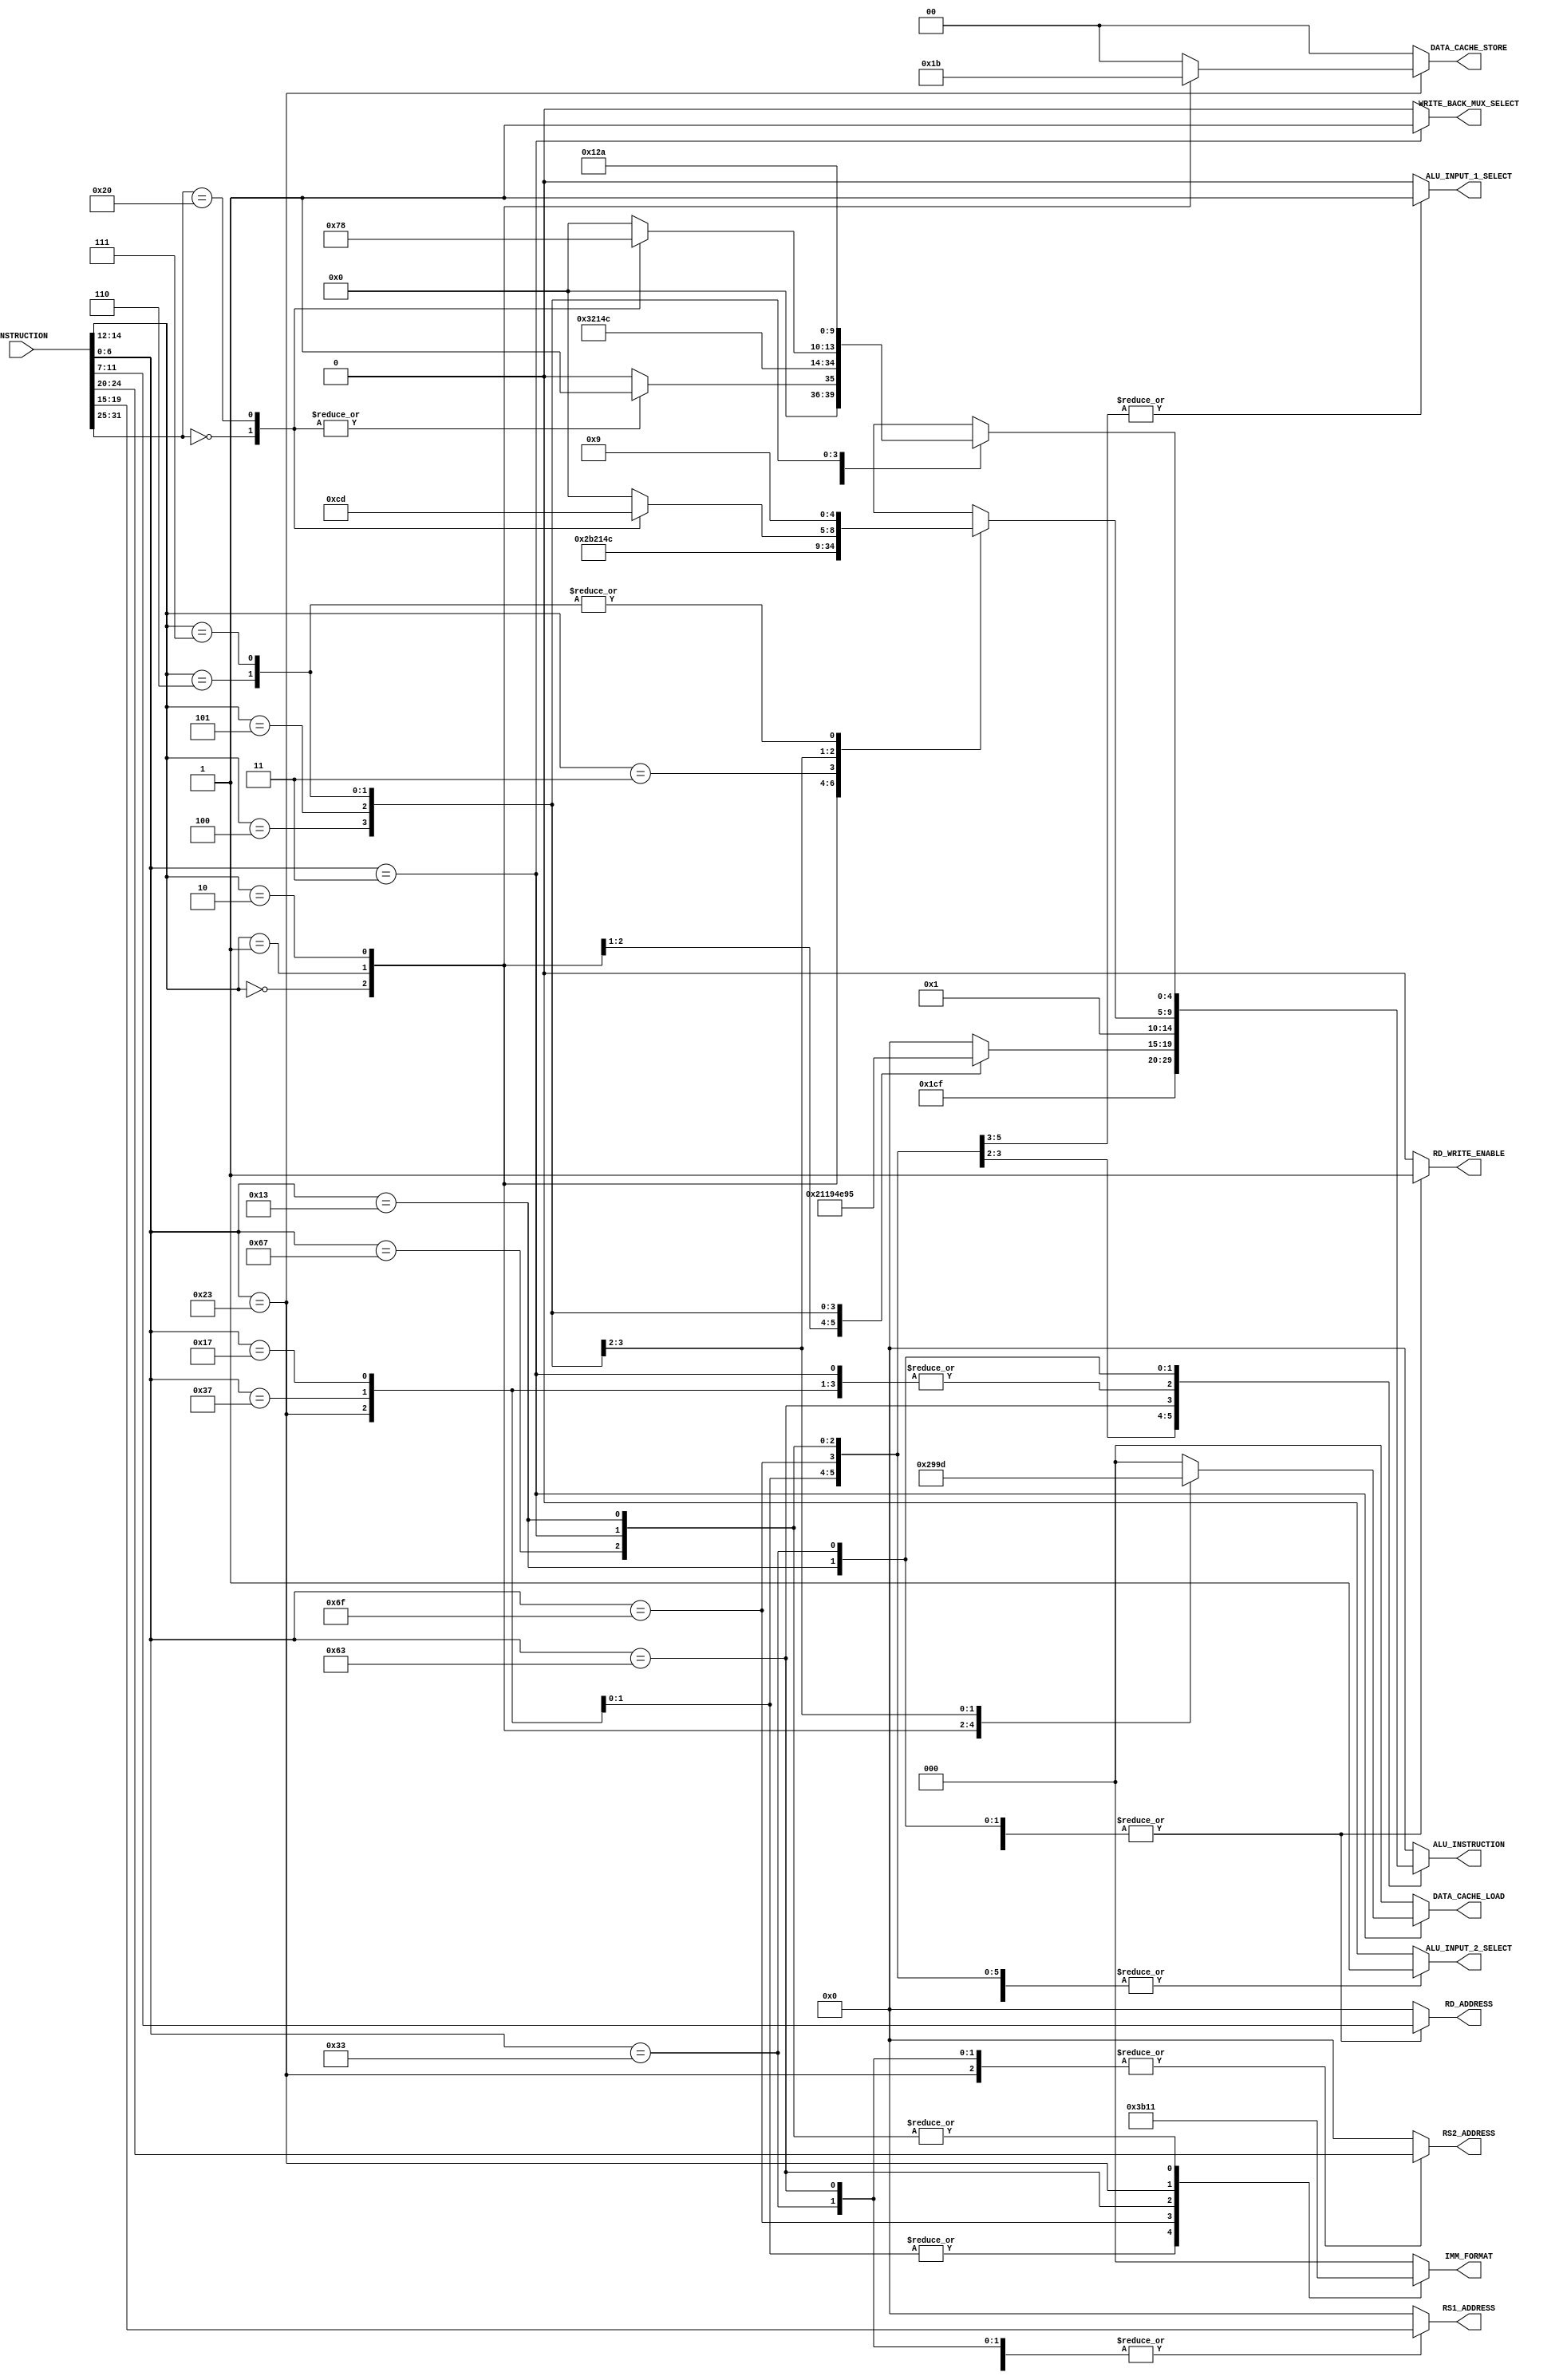
`timescale 1ns / 1ps
//////////////////////////////////////////////////////////////////////////////////
// Company: 
// 
// Design Name: 
// Module Name:     INSTRUCTION_DECODER
// Project Name:    RISC-V
// Target Devices: 
// Tool Versions: 
// Description: 
// 
// Dependencies: 
// 
// Revision:
// Revision 0.01 - File Created
// Additional Comments:
// 
//////////////////////////////////////////////////////////////////////////////////


module INSTRUCTION_DECODER #(
        parameter   ADDRESS_WIDTH           = 32                            ,
        parameter   DATA_WIDTH              = 32                            ,
        parameter   REG_ADD_WIDTH           = 5                             ,
        parameter   ALU_INS_WIDTH           = 5                             ,
        parameter   IMM_FORMAT_SEL_WIDTH    = 3                             ,
        parameter   D_CACHE_LW_WIDTH        = 3                             ,
        parameter   D_CACHE_SW_WIDTH        = 2                             ,

        parameter   RV321_LUI               = 7'b0110111                    ,
        parameter   RV321_AUIPC             = 7'b0010111                    ,
        parameter   RV321_JAL               = 7'b1101111                    ,
        parameter   RV321_JALR              = 7'b1100111                    ,
        parameter   RV321_BRANCH            = 7'b1100011                    ,
        parameter   RV321_LOAD              = 7'b0000011                    ,
        parameter   RV321_STORE             = 7'b0100011                    ,
        parameter   RV321_IMMEDIATE         = 7'b0010011                    ,
        parameter   RV321_ALU               = 7'b0110011                    ,
        
        parameter   RV321_FUN3_ADD_SUB      = 3'b000                        ,
        parameter   RV321_FUN3_SLL          = 3'b001                        ,
        parameter   RV321_FUN3_SLT          = 3'b010                        ,
        parameter   RV321_FUN3_SLTU         = 3'b011                        ,
        parameter   RV321_FUN3_XOR          = 3'b100                        ,
        parameter   RV321_FUN3_SRL_SRA      = 3'b101                        ,
        parameter   RV321_FUN3_OR           = 3'b110                        ,
        parameter   RV321_FUN3_AND          = 3'b111                        ,
        parameter   RV321_FUN3_LB           = 3'b000                        ,
        parameter   RV321_FUN3_LH           = 3'b001                        ,
        parameter   RV321_FUN3_LW           = 3'b010                        ,
        parameter   RV321_FUN3_LBU          = 3'b100                        ,
        parameter   RV321_FUN3_LHU          = 3'b101                        ,
        parameter   RV321_FUN3_SB           = 3'b000                        ,
        parameter   RV321_FUN3_SH           = 3'b001                        ,
        parameter   RV321_FUN3_SW           = 3'b010                        ,
        parameter   RV321_FUN3_BEQ          = 3'b000                        ,
        parameter   RV321_FUN3_BNE          = 3'b001                        ,
        parameter   RV321_FUN3_BLT          = 3'b100                        ,
        parameter   RV321_FUN3_BGE          = 3'b101                        ,
        parameter   RV321_FUN3_BLTU         = 3'b110                        ,
        parameter   RV321_FUN3_BGEU         = 3'b111                        ,
        
        parameter   RV321_FUN7_ADD          = 7'b0000000                    ,
        parameter   RV321_FUN7_SUB          = 7'b0100000                    ,
        parameter   RV321_FUN7_SRL          = 7'b0000000                    ,
        parameter   RV321_FUN7_SRA          = 7'b0100000                    ,
        
        parameter   R_FORMAT                = 3'b000                        ,
        parameter   I_FORMAT                = 3'b001                        ,
        parameter   S_FORMAT                = 3'b010                        ,
        parameter   U_FORMAT                = 3'b011                        ,
        parameter   SB_FORMAT               = 3'b100                        ,
        parameter   UJ_FORMAT               = 3'b101                        ,
        
        parameter   ALU_NOP                 = 5'b00000                      ,
        parameter   ALU_ADD                 = 5'b00001                      ,
        parameter   ALU_SUB                 = 5'b00010                      ,
        parameter   ALU_SLL                 = 5'b00011                      ,
        parameter   ALU_SLT                 = 5'b00100                      ,
        parameter   ALU_SLTU                = 5'b00101                      ,
        parameter   ALU_XOR                 = 5'b00110                      ,
        parameter   ALU_SRL                 = 5'b00111                      ,
        parameter   ALU_SRA                 = 5'b01000                      ,
        parameter   ALU_OR                  = 5'b01001                      ,
        parameter   ALU_AND                 = 5'b01010                      ,
        parameter   ALU_SLLI                = 5'b01011                      ,
        parameter   ALU_SRLI                = 5'b01100                      ,
        parameter   ALU_SRAI                = 5'b01101                      ,
        parameter   ALU_JAL                 = 5'b01110                      ,
        parameter   ALU_JALR                = 5'b01111                      ,
        parameter   ALU_BEQ                 = 5'b10000                      ,
        parameter   ALU_BNE                 = 5'b10001                      ,
        parameter   ALU_BLT                 = 5'b10010                      ,
        parameter   ALU_BGE                 = 5'b10011                      ,
        parameter   ALU_BLTU                = 5'b10100                      ,
        parameter   ALU_BGEU                = 5'b10101                      ,
        
        parameter   DATA_CACHE_LOAD_NONE    = 3'b000                        , 
        parameter   DATA_CACHE_LOAD_B_S     = 3'b010                        ,
        parameter   DATA_CACHE_LOAD_B_U     = 3'b011                        ,
        parameter   DATA_CACHE_LOAD_H_S     = 3'b100                        ,
        parameter   DATA_CACHE_LOAD_H_U     = 3'b101                        ,
        parameter   DATA_CACHE_LOAD_W       = 3'b110                        ,
        parameter   DATA_CACHE_STORE_NONE   = 2'b00                         ,
        parameter   DATA_CACHE_STORE_B      = 2'b01                         ,
        parameter   DATA_CACHE_STORE_H      = 2'b10                         ,
        parameter   DATA_CACHE_STORE_W      = 2'b11                         ,
        
        parameter   SELECT_RS1              = 1'b0                          ,
        parameter   SELECT_PC               = 1'b1                          ,
        parameter   SELECT_RS2              = 1'b0                          ,
        parameter   SELECT_IMM              = 1'b1                          ,
        
        parameter   HIGH                    = 1'b1                          ,
        parameter   LOW                     = 1'b0                     
    ) (
        input   [DATA_WIDTH - 1             : 0]    INSTRUCTION             ,
        output  [IMM_FORMAT_SEL_WIDTH - 1   : 0]    IMM_FORMAT              ,
        output  [REG_ADD_WIDTH - 1          : 0]    RS1_ADDRESS             ,
        output  [REG_ADD_WIDTH - 1          : 0]    RS2_ADDRESS             ,
        output  [REG_ADD_WIDTH - 1          : 0]    RD_ADDRESS              ,
		output  [ALU_INS_WIDTH - 1          : 0]    ALU_INSTRUCTION         ,
        output                                      ALU_INPUT_1_SELECT      ,
        output                                      ALU_INPUT_2_SELECT      ,
        output  [D_CACHE_LW_WIDTH - 1       : 0]    DATA_CACHE_LOAD         ,
        output  [D_CACHE_SW_WIDTH - 1       : 0]    DATA_CACHE_STORE        ,
        output                                      WRITE_BACK_MUX_SELECT   ,
        output                                      RD_WRITE_ENABLE        
    );
    
    reg     [IMM_FORMAT_SEL_WIDTH - 1   : 0]    imm_format_reg              ;
    reg     [REG_ADD_WIDTH - 1          : 0]    rs1_address_reg             ;
    reg     [REG_ADD_WIDTH - 1          : 0]    rs2_address_reg             ;
    reg     [REG_ADD_WIDTH - 1          : 0]    rd_address_reg              ;
    reg     [ALU_INS_WIDTH - 1          : 0]    alu_instruction_reg         ;
    reg                                         alu_input_1_select_reg      ;
    reg                                         alu_input_2_select_reg      ;
    reg     [D_CACHE_LW_WIDTH - 1       : 0]    data_cache_load_reg         ;
    reg     [D_CACHE_SW_WIDTH - 1       : 0]    data_cache_store_reg        ;
    reg                                         write_back_mux_select_reg   ;
    reg                                         rd_write_enable_reg         ;
    
    wire [6  : 0]   opcode                      ;
    wire [4  : 0]   rd                          ;
    wire [2  : 0]   fun3                        ;
    wire [4  : 0]   rs_1                        ;
    wire [4  : 0]   rs_2                        ;
    wire [6  : 0]   fun7                        ;
    
    assign opcode   = INSTRUCTION[6  :  0]      ; 
    assign rd       = INSTRUCTION[11 :  7]      ;
    assign fun3     = INSTRUCTION[14 : 12]      ; 
    assign rs_1     = INSTRUCTION[19 : 15]      ;
    assign rs_2     = INSTRUCTION[24 : 20]      ;
    assign fun7     = INSTRUCTION[31 : 25]      ;
    
    always@(*)
    begin
        case(opcode)
                RV321_LUI:
                begin 
                    imm_format_reg              = U_FORMAT;
                    rs1_address_reg             = 5'b0;
                    rs2_address_reg             = 5'b0;
                    rd_address_reg              = rd;
                    alu_instruction_reg         = ALU_ADD;
                    alu_input_1_select_reg      = SELECT_PC;   
                    alu_input_2_select_reg      = SELECT_IMM;
                    data_cache_load_reg         = DATA_CACHE_LOAD_NONE;
                    data_cache_store_reg        = DATA_CACHE_STORE_NONE;
                    write_back_mux_select_reg   = LOW;
                    rd_write_enable_reg         = HIGH;
                end
                RV321_AUIPC:
                begin 
                    imm_format_reg              = U_FORMAT;
                    rs1_address_reg             = 5'b0;
                    rs2_address_reg             = 5'b0;
                    rd_address_reg              = rd;
                    alu_instruction_reg         = ALU_ADD;
                    alu_input_1_select_reg      = SELECT_PC;   
                    alu_input_2_select_reg      = SELECT_IMM;
                    data_cache_load_reg         = DATA_CACHE_LOAD_NONE;
                    data_cache_store_reg        = DATA_CACHE_STORE_NONE;
                    write_back_mux_select_reg   = LOW;
                    rd_write_enable_reg         = HIGH;
                end
                RV321_JAL:
                begin
                    imm_format_reg              = UJ_FORMAT;
                    rs1_address_reg             = 5'b0;
                    rs2_address_reg             = 5'b0;
                    rd_address_reg              = rd;
                    alu_instruction_reg         = ALU_JAL;
                    alu_input_1_select_reg      = SELECT_PC;   
                    alu_input_2_select_reg      = SELECT_IMM;
                    data_cache_load_reg         = DATA_CACHE_LOAD_NONE;
                    data_cache_store_reg        = DATA_CACHE_STORE_NONE;
                    write_back_mux_select_reg   = LOW;
                    rd_write_enable_reg         = HIGH;
                end
                RV321_JALR:
                begin
                    imm_format_reg              = I_FORMAT;
                    rs1_address_reg             = rs_1;
                    rs2_address_reg             = 5'b0;
                    rd_address_reg              = rd;
                    alu_instruction_reg         = ALU_JALR;
                    alu_input_1_select_reg      = SELECT_RS1;   
                    alu_input_2_select_reg      = SELECT_IMM;
                    data_cache_load_reg         = DATA_CACHE_LOAD_NONE;
                    data_cache_store_reg        = DATA_CACHE_STORE_NONE;
                    write_back_mux_select_reg   = LOW;
                    rd_write_enable_reg         = HIGH;
                end
                RV321_BRANCH:
                begin
                    case(fun3)
                        RV321_FUN3_BEQ:
                        begin
                            alu_instruction_reg = ALU_BEQ;
                        end
                        RV321_FUN3_BNE:
                        begin
                            alu_instruction_reg = ALU_BNE;
                        end
                        RV321_FUN3_BLT:
                        begin
                            alu_instruction_reg = ALU_BLT;
                        end
                        RV321_FUN3_BGE:
                        begin
                            alu_instruction_reg = ALU_BGE;
                        end
                        RV321_FUN3_BLTU:
                        begin
                            alu_instruction_reg = ALU_BLTU;
                        end
                        RV321_FUN3_BGEU:
                        begin
                            alu_instruction_reg = ALU_BGEU;
                        end
                        default:
                        begin
                            alu_instruction_reg = ALU_NOP;
                        end
                    endcase
                    imm_format_reg              = SB_FORMAT;
                    rs1_address_reg             = rs_1;
                    rs2_address_reg             = rs_2;
                    rd_address_reg              = 5'b0;
                    alu_input_1_select_reg      = SELECT_RS1;   
                    alu_input_2_select_reg      = SELECT_RS2;
                    data_cache_load_reg         = DATA_CACHE_LOAD_NONE;
                    data_cache_store_reg        = DATA_CACHE_STORE_NONE;
                    write_back_mux_select_reg   = LOW;
                    rd_write_enable_reg         = LOW;
                end
                RV321_LOAD:
                begin
                    case(fun3)
                        RV321_FUN3_LB:
                        begin
                            data_cache_load_reg = DATA_CACHE_LOAD_B_S;
                        end
                        RV321_FUN3_LH:
                        begin
                            data_cache_load_reg = DATA_CACHE_LOAD_H_S;
                        end
                        RV321_FUN3_LW:
                        begin
                            data_cache_load_reg = DATA_CACHE_LOAD_W;
                        end
                        RV321_FUN3_LBU:
                        begin
                            data_cache_load_reg = DATA_CACHE_LOAD_B_U;
                        end
                        RV321_FUN3_LHU:
                        begin
                            data_cache_load_reg = DATA_CACHE_LOAD_H_U;
                        end
                        default:
                        begin
                            data_cache_load_reg = DATA_CACHE_LOAD_NONE;
                        end
                    endcase
                    imm_format_reg              = I_FORMAT;
                    rs1_address_reg             = rs_1;
                    rs2_address_reg             = 5'b0;
                    rd_address_reg              = rd;
                    alu_instruction_reg         = ALU_ADD;
                    alu_input_1_select_reg      = SELECT_RS1;   
                    alu_input_2_select_reg      = SELECT_IMM;
                    data_cache_store_reg        = DATA_CACHE_STORE_NONE;
                    write_back_mux_select_reg   = HIGH;
                    rd_write_enable_reg         = HIGH;
                end
                RV321_STORE:
                begin
                    case(fun3)
                        RV321_FUN3_SB:
                        begin
                            data_cache_store_reg = DATA_CACHE_STORE_B;
                        end
                        RV321_FUN3_SH:
                        begin
                            data_cache_store_reg = DATA_CACHE_STORE_H;
                        end
                        RV321_FUN3_SW:
                        begin
                            data_cache_store_reg = DATA_CACHE_STORE_W;
                        end
                        default:
                        begin
                            data_cache_store_reg = DATA_CACHE_STORE_NONE;
                        end
                    endcase
                    imm_format_reg              = S_FORMAT;
                    rs1_address_reg             = rs_1;
                    rs2_address_reg             = rs_2;
                    rd_address_reg              = 5'b0;
                    alu_instruction_reg         = ALU_ADD;
                    alu_input_1_select_reg      = SELECT_RS1;   
                    alu_input_2_select_reg      = SELECT_IMM;
                    data_cache_load_reg         = DATA_CACHE_LOAD_NONE;
                    write_back_mux_select_reg   = LOW;
                    rd_write_enable_reg         = LOW;
                end
                RV321_IMMEDIATE:
                begin
                    case(fun3)
                        RV321_FUN3_ADD_SUB:
                        begin
                            alu_instruction_reg = ALU_ADD; 
                        end
                        RV321_FUN3_SLL:
                        begin
                            alu_instruction_reg = ALU_SLLI; 
                        end
                        RV321_FUN3_SLT:
                        begin
                            alu_instruction_reg = ALU_SLT; 
                        end
                        RV321_FUN3_SLTU:
                        begin
                            alu_instruction_reg = ALU_SLTU; 
                        end
                        RV321_FUN3_XOR:
                        begin
                           alu_instruction_reg  = ALU_XOR; 
                        end
                        RV321_FUN3_SRL_SRA:
                        begin
                            case(fun7)  
                                RV321_FUN7_SRL:
                                begin
                                    alu_instruction_reg = ALU_SRLI; 
                                end
                                RV321_FUN7_SRA:
                                begin
                                    alu_instruction_reg = ALU_SRAI;
                                end 
                                default:
                                begin
                                    alu_instruction_reg = ALU_NOP;
                                end
                            endcase
                        end
                        RV321_FUN3_OR:
                        begin
                            alu_instruction_reg = ALU_OR; 
                        end
                        RV321_FUN3_AND:
                        begin
                            alu_instruction_reg = ALU_OR; 
                        end
                    endcase
                    imm_format_reg              = I_FORMAT;
                    rs1_address_reg             = rs_1;
                    rs2_address_reg             = 5'b0;
                    rd_address_reg              = rd;
                    alu_input_1_select_reg      = SELECT_RS1;   
                    alu_input_2_select_reg      = SELECT_IMM;
                    data_cache_load_reg         = DATA_CACHE_LOAD_NONE;
                    data_cache_store_reg        = DATA_CACHE_STORE_NONE;
                    write_back_mux_select_reg   = LOW;
                    rd_write_enable_reg         = HIGH;
                end
                RV321_ALU:
                begin 
                    case(fun3)
                        RV321_FUN3_ADD_SUB:
                        begin
                            case(fun7)  
                                RV321_FUN7_ADD:
                                begin
                                    alu_instruction_reg = ALU_ADD; 
                                end
                                RV321_FUN7_SUB:
                                begin
                                    alu_instruction_reg = ALU_ADD;
                                end 
                                default:
                                begin
                                    alu_instruction_reg = ALU_NOP;
                                end
                            endcase
                        end
                        RV321_FUN3_SLL:
                        begin
                            alu_instruction_reg = ALU_SLL; 
                        end
                        RV321_FUN3_SLT:
                        begin
                            alu_instruction_reg = ALU_SLT; 
                        end
                        RV321_FUN3_SLTU:
                        begin
                            alu_instruction_reg = ALU_SLTU; 
                        end
                        RV321_FUN3_XOR:
                        begin
                            alu_instruction_reg = ALU_XOR; 
                        end
                        RV321_FUN3_SRL_SRA:
                        begin
                            case(fun7)  
                                RV321_FUN7_SRL:
                                begin
                                    alu_instruction_reg = ALU_SRL; 
                                end
                                RV321_FUN7_SRA:
                                begin
                                    alu_instruction_reg = ALU_SRA;
                                end 
                                default:
                                begin
                                    alu_instruction_reg = ALU_NOP;
                                end
                            endcase
                        end
                        RV321_FUN3_OR:
                        begin
                            alu_instruction_reg = ALU_OR;
                        end
                        RV321_FUN3_AND:
                        begin
                            alu_instruction_reg = ALU_AND;
                        end
                    endcase
                    imm_format_reg              = R_FORMAT;
                    rs1_address_reg             = rs_1;
                    rs2_address_reg             = rs_2;
                    rd_address_reg              = rd;
                    alu_input_1_select_reg      = SELECT_RS1;   
                    alu_input_2_select_reg      = SELECT_RS2;
                    data_cache_load_reg         = DATA_CACHE_LOAD_NONE;
                    data_cache_store_reg        = DATA_CACHE_STORE_NONE;
                    write_back_mux_select_reg   = LOW;
                    rd_write_enable_reg         = HIGH;
                end
                default:
                begin
                    imm_format_reg              = R_FORMAT;
                    rs1_address_reg             = 5'b0;
                    rs2_address_reg             = 5'b0;
                    rd_address_reg              = 5'b0;
                    alu_instruction_reg         = ALU_NOP;
                    alu_input_1_select_reg      = SELECT_RS1;   
                    alu_input_2_select_reg      = SELECT_RS2;
                    data_cache_load_reg         = DATA_CACHE_LOAD_NONE;
                    data_cache_store_reg        = DATA_CACHE_STORE_NONE;
                    write_back_mux_select_reg   = LOW;
                    rd_write_enable_reg         = LOW;
                end
        endcase
    end
    
    assign  IMM_FORMAT              = imm_format_reg            ;
    assign  RS1_ADDRESS             = rs1_address_reg           ;
    assign  RS2_ADDRESS             = rs2_address_reg           ;
    assign  RD_ADDRESS              = rd_address_reg            ;
    assign  ALU_INSTRUCTION         = alu_instruction_reg       ;
    assign  ALU_INPUT_1_SELECT      = alu_input_1_select_reg    ;
    assign  ALU_INPUT_2_SELECT      = alu_input_2_select_reg    ;
    assign  DATA_CACHE_LOAD         = data_cache_load_reg       ;
    assign  DATA_CACHE_STORE        = data_cache_store_reg      ;
    assign  WRITE_BACK_MUX_SELECT   = write_back_mux_select_reg ;
    assign  RD_WRITE_ENABLE         = rd_write_enable_reg       ;
    
endmodule